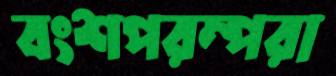
বংশপরম্পরা